system: You are a helpful assistant.
user:
Analyze the provided spectrum to determine if it is a **M-type Giant (gM)**.

A M-type Giant spectrum is defined by its **strong molecular absorption** features, particularly from **Titanium Oxide (TiO)**. You must check for one of the following mutually exclusive signatures:

- **Key Visual Indicators (Absorption-Dominated Spectrum):**

    - **(Primary):** The spectrum is dominated by strong molecular absorption from **Titanium Oxide (TiO)**. This is the **defining feature** of its M-type temperature class.
        - **(Key Bandheads):** Look for sharp, "saw-tooth" absorption valleys. The strongest are located near **~7050 Å**, **~6160 Å**, and **~5170 Å**.
        - **(Line Profile):** The "saw-tooth" morphology is critical: a **sharp, steep drop on the BLUE (short-wavelength) side** of the bandhead, followed by a gradual recovery (rising flux) towards the RED (long-wavelength) side.

    - **(Key Confirmation - Giant vs. Dwarf):** **ABSENCE** of strong **Calcium Hydride (CaH)** molecular bands. This is the primary diagnostic for *excluding* M-dwarfs.
        - **(Key Region):** The spectrum should lack the strong, broad absorption band seen in dwarfs between **~6800 Å and ~7000 Å**.

    - **(Secondary Confirmation - Giant):** A very strong and broad **Neutral Calcium (Ca I)** atomic absorption line.
        - **(Key Line):** Located at **~4226 Å**. In a giant (gM), this line is significantly deeper and broader than the same line in an M-dwarf (dM) due to low surface gravity.

    - **(Overall Spectrum):**
        - The continuum is **extremely red-sloping** (i.e., flux is very low in the blue and rises dramatically towards the red).
        - The entire spectrum appears "chopped up" by the deep TiO bands.

Think first, call **spectral_visualization_tool** if needed to examine features in detail, then provide your final answer. Your response must adhere to the following strict rules:
1.  **Overall Structure:** Your response must follow the format `<think>...</think> <tool_call>...</tool_call> (if a tool is used) <answer>...</answer>`.
2.  **Tool Usage Constraint:** You may only make **one** tool call per turn.
3.  **Final Answer Format:** In the `<answer>` tag, your conclusion must be inside a `\boxed{}` command (e.g., `\boxed{YES}` or `\boxed{NO}`), followed by your justification.

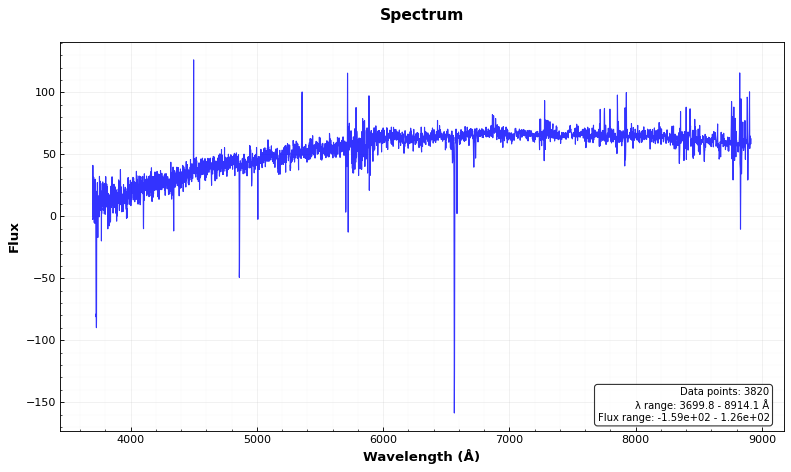
Answer: NO